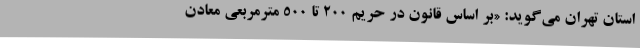
استان تهران می‌گوید: «بر اساس قانون در حریم 200 تا 500‌ مترمربعی معادن